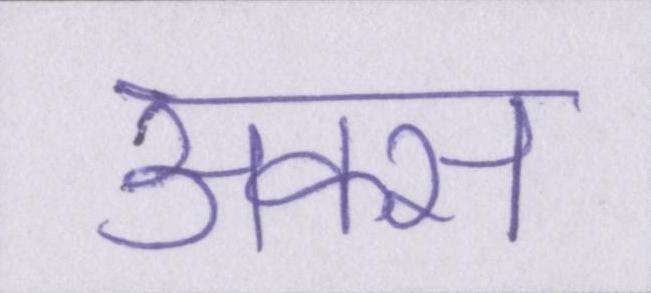
अक्स